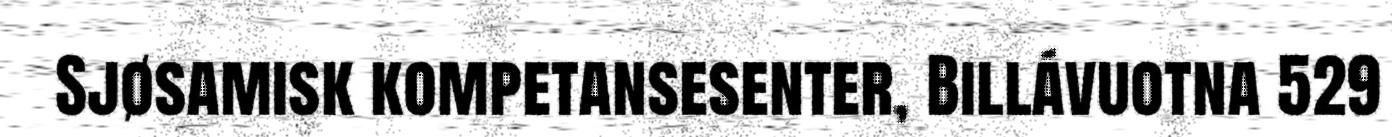
Sjøsamisk kompetansesenter, Billávuotna 529